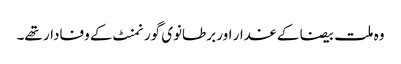
وہ ملت بیضا کے غدار اور برطانوی گورنمنٹ کے وفادار تھے۔